Leaving Certificate, 1888
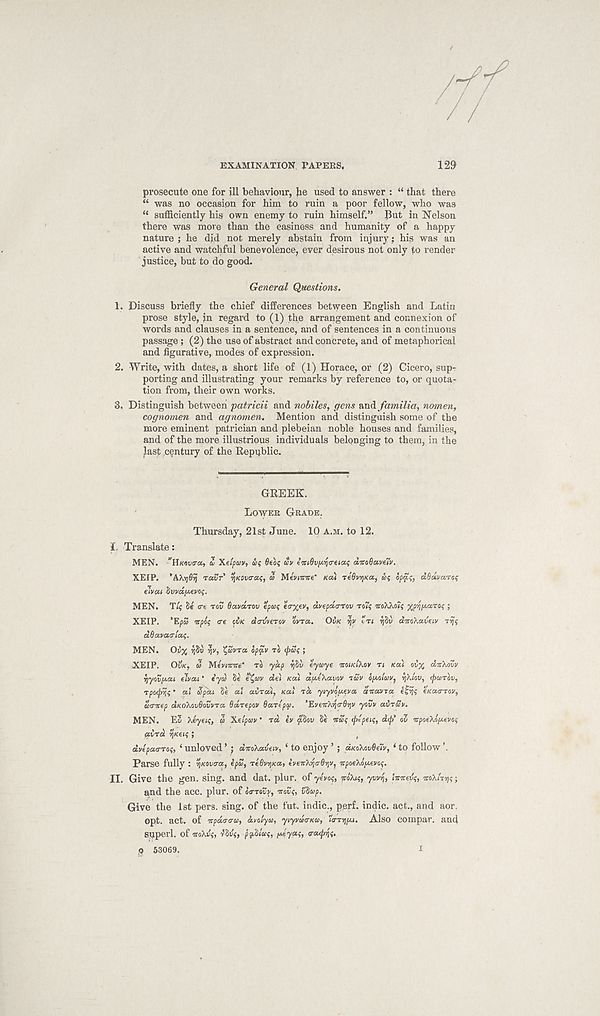
EXAMINATION TAPERS,
129
prosecute one for ill behaviour, he used to answer : “ that there
“ was no occasion for him to ruin a poor fellow, who was
“ sufficiently his own enemy to ruin himself.” J3ut in Nelson
there was more than the easiness and humanity of a happy
nature ; he did not merely abstain from injury: his was an
active and watchful benevolence, ever desirous not only to render
justice, but to do good.
General Questions.
1. Discuss briefly the chief differences between English and Latin
prose style, in regard to (1) the arrangement and connexion of
words and clauses in a sentence, and of sentences in a continuous
passage; (2) the use of abstract and concrete, and of metaphorical
and figurative, modes of expression.
2. Write, with dates, a short life of (1) Horace, or (2) Cicero, sup-
porting and illustrating your remarks by reference to, or quota-
tion from, their own works.
3. Distinguish between patricii and nobiles, gens and familia, nomen,
cognomen and agnomen. Mention and distinguish some of the
more eminent patrician and plebeian noble houses and families,
and of the more illustrious individuals belpnging to them, in the
last century of the Republic.
GREEK.
LOWER GRADE.
Thursday, 21st June. 10 A.M. to 12.
I. Translate:
MEN. "H/cot/g-a, & Xelpuv, £>f 6ebf av ein0vf«jcr«a$ dico6ctve7v.
XEIP. ’AXySq ravr' %Kt)v<rai, to Menmte’ KCU
ooq op$;, dSdmrof
eivon SvydfAevoq.
MEN. T/$ 8e o-e TO? Savarov eptoq eo-^ev, dvepdtrrov rotq mXkotq ^foaro? ;
XEIP. 'Epa irpoq <re GVK dotSterw ovra. OVK yv ’in ijSu ditoXctveiv jvjq
dSavacrtaq.
MEN. Oix
yv, tfitv-Ta opgtv TO (puq ;
XEIP. OVK, to Mevimte' TO yap ybv tytoye orowc/Xov n Koii o?% dit'kovv
iiyovy-ctt elvai ’ tyd 8s e^av de) Koii dpiXavov TUV ofto/av, IfiJov, (pioTov,
rpotfirjq" a,l Spat 8e at avrat, Kai TCC ytyvopi-aa dnavra i^rjq (KaarTov,
atrirep dKoXovOovvra Odrepov Bari pa. ’EvcrtktjtrB'tjV yovv avrav.
MEN. E3 Xeyeiq, a Xttpm • rd s’v ffiov 8e orSq (pipeiq, dtp ov orposXo'jtosvo?
aird tfseiq ;
(
dvipatrToq, ‘ unloved 5 ; dxoXavety, ‘ to enjoy ’ ; dKo\ov9eiv, ( to follow ’.
Parse fully : Sj/coug-a, ipS, TiBvqKa, ivettA^crQ'/jV, orpoeXo/Aevoq.
II. Give the gen. sing, and dat. plur. of yivoq, TcoXiq, ywi\, lincevq, mXtTqq;
and the acc. plur. of oa-rovy, mvq, v'Sap.
Give the 1st pers. sing, of the fut. indie., perf. indie, act., and aor.
opt. act. of vpdo-trto, dvolyto, ytyvatTKa, Hmj/oj. Also compai'. and
superl. of ’Kokiq, rbvq, fohlteq, lAsyecq, tratyqq,
g 53069.
I